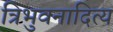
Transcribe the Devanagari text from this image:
त्रिभुवनादित्य